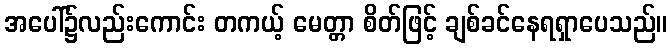
အပေါ်၌လည်းကောင်း တကယ့် မေတ္တာ စိတ်ဖြင့် ချစ်ခင်နေရရှာပေသည်။